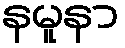
နမူနာ